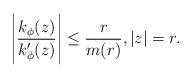
LaTeX: \begin{align*} \left \vert \frac{k_{\phi}(z)}{k'_{\phi}(z)} \right \vert \leq \frac{r}{m(r)}, \vert z \vert =r.\end{align*}